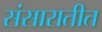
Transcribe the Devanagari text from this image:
संसारातीत